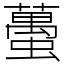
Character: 蠆